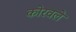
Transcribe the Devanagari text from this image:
कोरवले